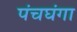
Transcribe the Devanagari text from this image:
पंचघंगा